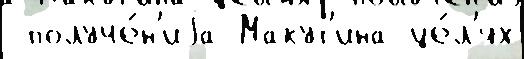
 получе́н'иjа Макут'ина це́л'ях